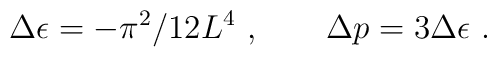
\Delta \epsilon=  - \pi^{2} /12 L^4 \ ,\qquad \Delta p = 3\Delta \epsilon \ .